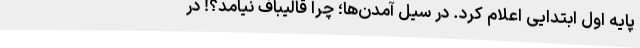
پایه اول ابتدایی اعلام کرد. در سیل آمدن‌ها؛ چرا قالیباف نیامد؟! در